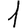
Digit: 1